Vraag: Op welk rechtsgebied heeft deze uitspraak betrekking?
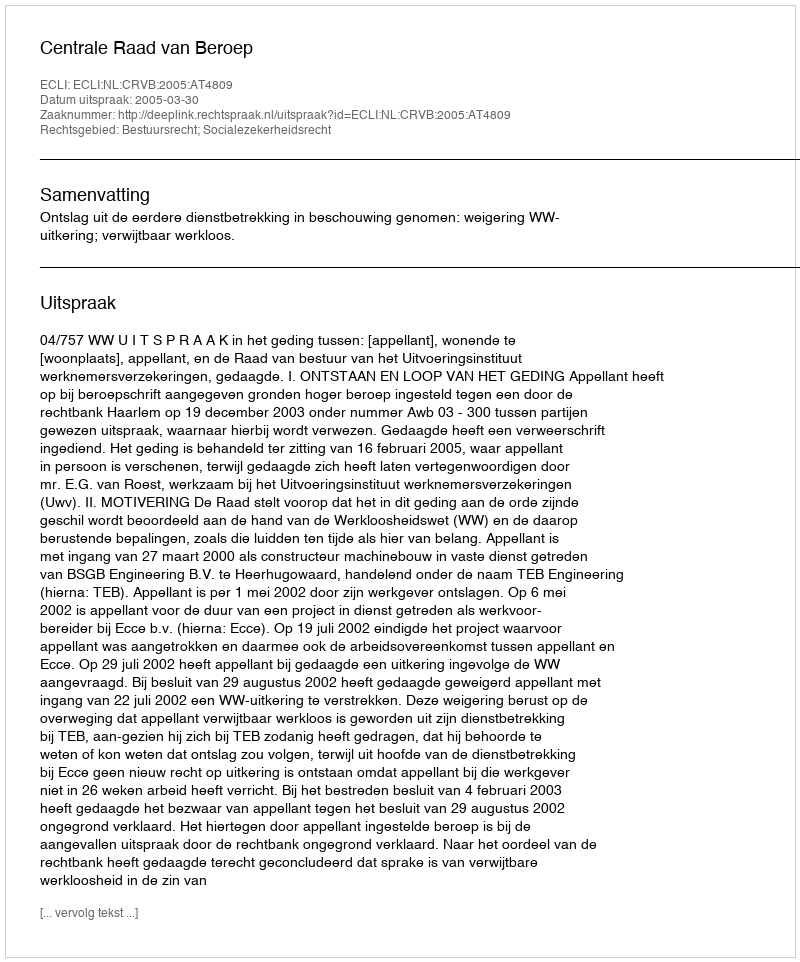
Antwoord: Bestuursrecht; Socialezekerheidsrecht